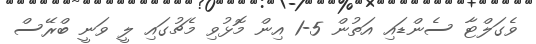
ވެގަލްޓާ ސެންޑައި އަތުން 5-1 އިން މޮޅުވި މެޗުގައި ލީ ވަނީ ބްރޭސް